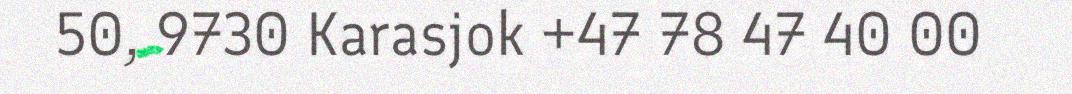
50, 9730 Karasjok +47 78 47 40 00